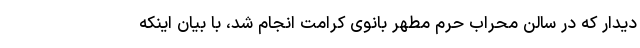
دیدار که در سالن محراب حرم مطهر بانوی کرامت انجام شد، با بیان اینکه